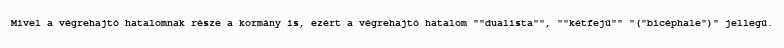
Mivel a végrehajtó hatalomnak része a kormány is, ezért a végrehajtó hatalom ""dualista"", ""kétfejű"" "("bicéphale")" jellegű.